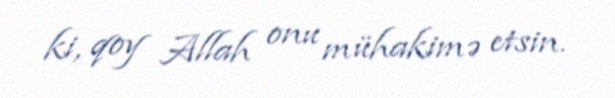
ki, qoy Allah onu mühakimə etsin.